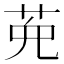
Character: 𦲩